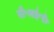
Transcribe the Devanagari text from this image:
सी॰आई॰डी॰